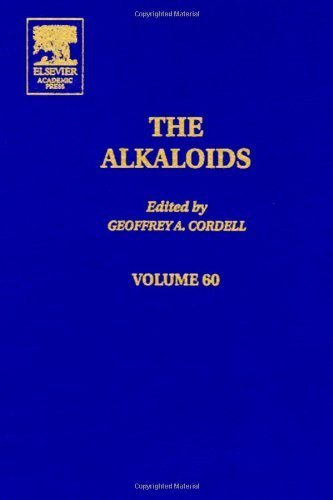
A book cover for Alkaloids, Volume 60 Chemistry and Biology [Academic Press,2003] [Hardcover]; Science & Math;